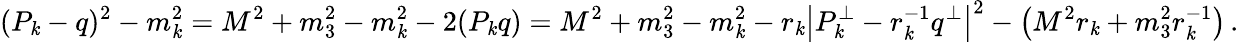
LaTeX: (P_{\mathit{k}}-q)^{2}-m_{\mathit{k}}^{2}=M^{2}+m_{3}^{2}-m_{\mathit{k}}^{2}-2(P_{\mathit{k}}q)=M^{2}+m_{3}^{2}-m_{\mathit{k}}^{2}-r_{\mathit{k}}\left|P_{\mathit{k}}^{\perp}-r_{\mathit{k}}^{-1}q^{\perp}\right|^{2}-\left(M^{2}r_{\mathit{k}}+m_{3}^{2}r_{\mathit{k}}^{-1}\right)\, .